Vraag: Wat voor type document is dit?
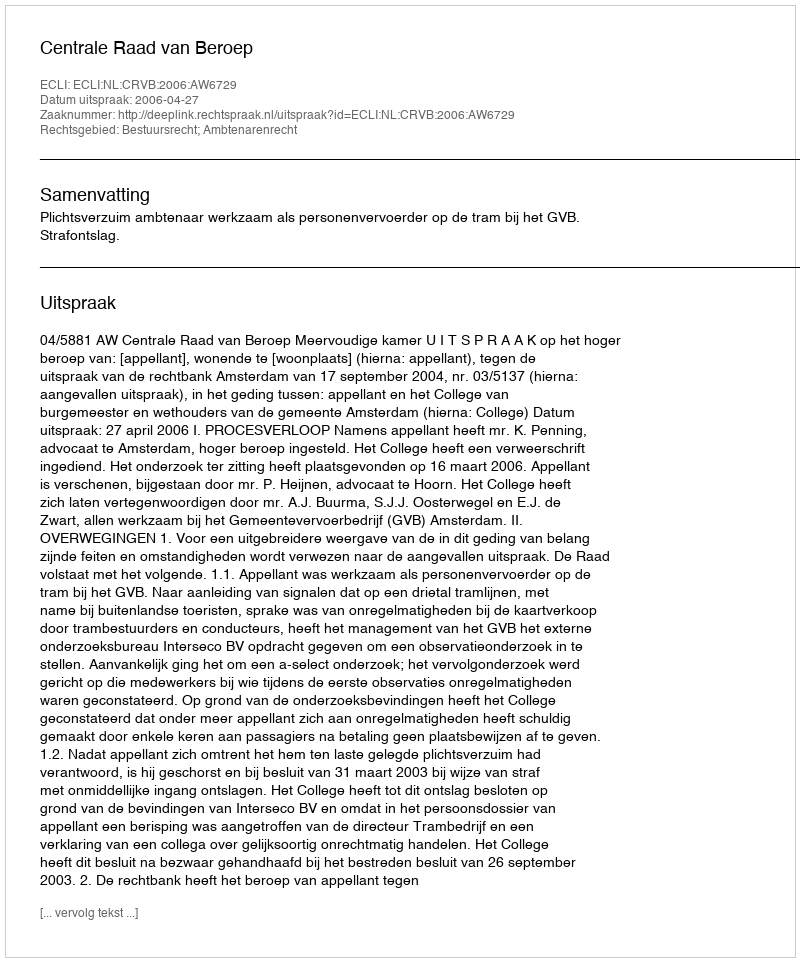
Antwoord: Uitspraak